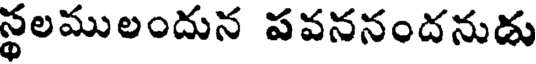
స్థలములందున పవననందనుడు